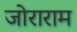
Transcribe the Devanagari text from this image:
जोराराम